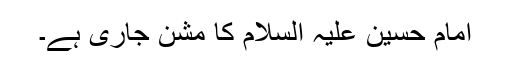
امام حسین علیہ السلام کا مشن جاری ہے۔